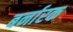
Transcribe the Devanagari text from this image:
बर्नारक